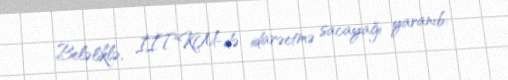
Beləliklə, İİTKM-də idarəetmə sacayağı yaranıb: